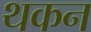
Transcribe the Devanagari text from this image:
थकन